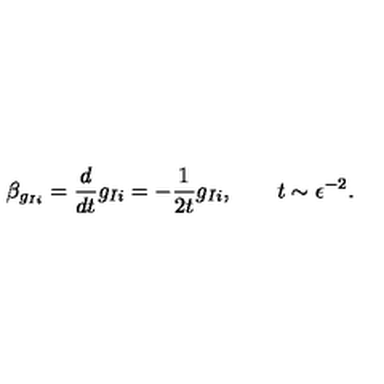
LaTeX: \beta _ { g _ { I i } } = \frac { d } { d t } g _ { I i } = - \frac { 1 } { 2 t } g _ { I i } , \qquad t \sim \epsilon ^ { - 2 } .